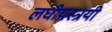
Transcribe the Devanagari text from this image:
लघीयस्त्रयी